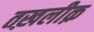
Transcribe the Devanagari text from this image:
तख़लीक़